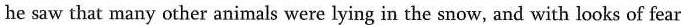
he saw that many other animals were lying in the snow, and with looks of fear